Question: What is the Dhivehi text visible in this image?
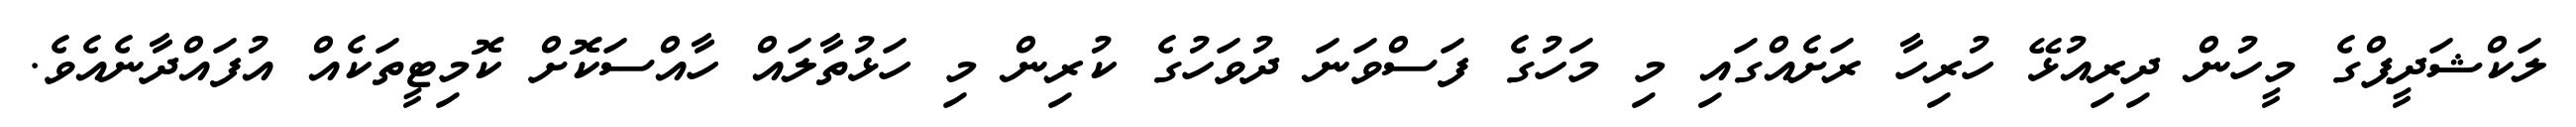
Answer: ލަކްޝަދީޕްގެ މީހުން ދިރިއުޅޭ ހުރިހާ ރަށެއްގައި މި މަހުގެ ފަސްވަނަ ދުވަހުގެ ކުރިން މި ހަޅުތާލައް ހާއްސަކޮށް ކޮމިޓީތަކެއް އުފައްދާނެއެވެ.